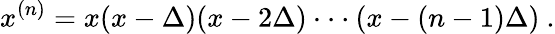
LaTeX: x^{(n)}=x(x-\Delta)(x-2\Delta)\cdot\cdot\cdot(x-(n-1)\Delta)\ .